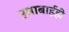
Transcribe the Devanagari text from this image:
उमाबाईही